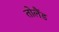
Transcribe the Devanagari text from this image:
तोलैंड